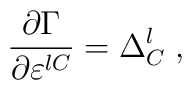
\frac{\partial \Gamma }{\partial \varepsilon ^{lC}}=\Delta _C^l\;,